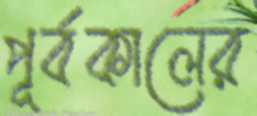
পূর্বকালের